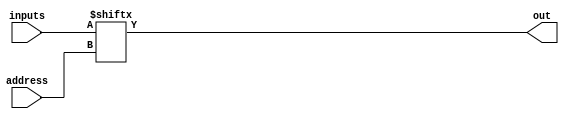
module mux32to1by1
(
output      out,
input[4:0]  address,
input[31:0] inputs
);

assign out = inputs[address];

endmodule